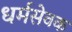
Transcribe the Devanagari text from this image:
धर्मसेवक